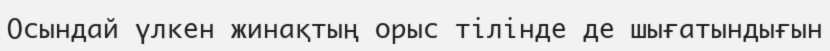
Осындай үлкен жинақтың орыс тілінде де шығатындығын